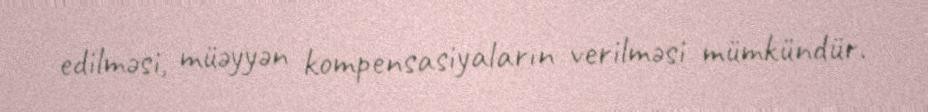
edilməsi, müəyyən kompensasiyaların verilməsi mümkündür.